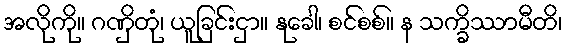
အလိုကို။ ဂဏှိတုံ၊ ယူခြင်းငှာ။ နုခေါ၊ စင်စစ်။ န သက္ခိဿာမီတိ၊